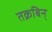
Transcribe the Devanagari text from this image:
तक्रबिन्